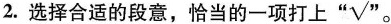
22.选择合适的段意，恰当的一项打上“√”。